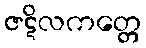
ဇဋိလကတ္တေ